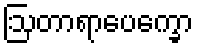
ဩတာရာပေက္ခော